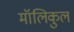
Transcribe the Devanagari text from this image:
मॉलिकुल